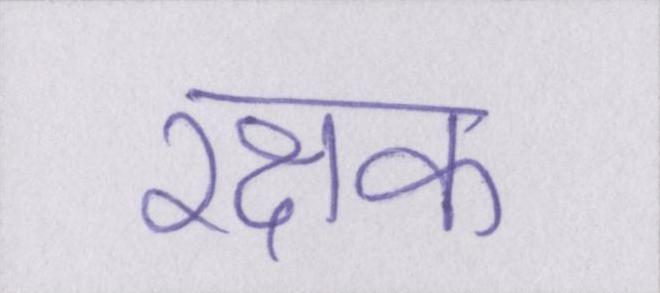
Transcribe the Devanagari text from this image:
रक्षक